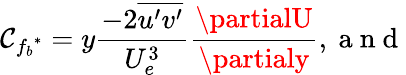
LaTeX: \mathcal{C}_{{f_{b}}^{*}}=y\frac{{-2\overline{{{u^{\prime}v^{\prime}}}}}}{{U_{e}^{3}}}\frac{{\partialU}}{{\partialy}},\mathrm{{~a~n~d~}}